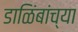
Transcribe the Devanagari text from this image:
डाळिंबांच्या